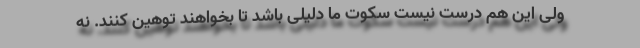
ولی این هم درست نیست سکوت ما دلیلی باشد تا بخواهند توهین کنند. نه